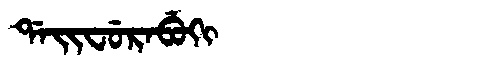
Manchu: ᡩᠠᡳᠸᡠᡵᠠᠪᡠᡴᡳ
Romanization: DAIFURABUKI